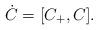
LaTeX: \begin{align*} \dot{C}=[C_+,C].\end{align*}